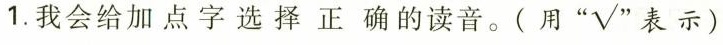
1.我会给加点字选择正确的读音。(用“√”表示）